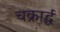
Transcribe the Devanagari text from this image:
चक्रार्द्ध